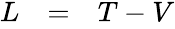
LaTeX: \begin{array}{rcl}{L}&{=}&{T-V}\end{array}